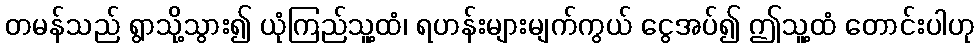
တမန်သည် ရွာသို့သွား၍ ယုံကြည်သူ့ထံ၊ ရဟန်းများမျက်ကွယ် ငွေအပ်၍ ဤသူ့ထံ တောင်းပါဟု